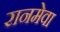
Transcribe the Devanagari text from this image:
रानमेवा